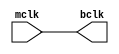
module clock_buffer(input mclk,output bclk);
buf d1(bclk,mclk);
endmodule